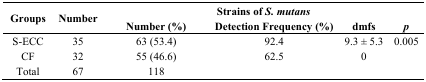
<table><thead><tr><td rowspan="2"><b>Groups</b></td><td rowspan="2"><b>Number</b></td><td colspan="4"><b>Strains of <i>S. mutans</i></b></td></tr><tr><td><b>Number (%)</b></td><td><b>Detection Frequency (%)</b></td><td><b>dmfs</b></td><td><b><i>p</i></b></td></tr></thead><tbody><tr><td>S-ECC</td><td>35</td><td>63 (53.4)</td><td>92.4</td><td>9.3 ± 5.3</td><td>0.005</td></tr><tr><td>CF</td><td>32</td><td>55 (46.6)</td><td>62.5</td><td>0</td><td></td></tr><tr><td>Total</td><td>67</td><td>118</td><td></td><td></td><td></td></tr></tbody></table>